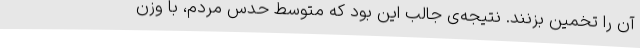
آن را تخمین بزنند. نتیجه‌ی جالب این بود که متوسط حدس مردم، با وزن